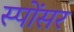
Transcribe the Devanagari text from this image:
स्पोंसर